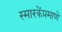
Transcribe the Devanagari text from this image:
स्मारकेंप्रमाणे